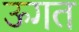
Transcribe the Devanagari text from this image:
ऊगत